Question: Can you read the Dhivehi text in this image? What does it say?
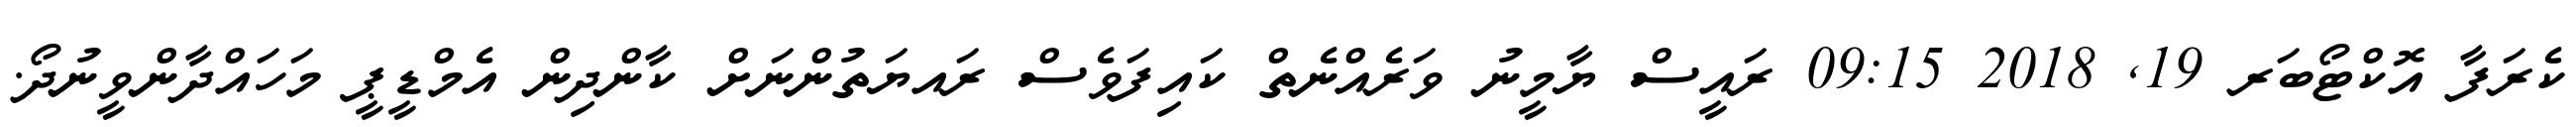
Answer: ކެރަފާ އޮކްޓޯބަރ 19, 2018 09:15 ރައީސް ޔާމީނު ވަރެއްނެތް ކައިފަވެސް ރައޔަތުންނަށް ކާންދިން އެމްޑީޕީ މަހައްދާންވީނުދޯ.